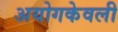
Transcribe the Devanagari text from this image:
अयोगकेवली